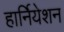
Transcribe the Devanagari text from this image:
हार्नियेशन